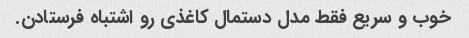
خوب و سریع فقط مدل دستمال کاغذی رو اشتباه فرستادن.